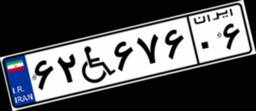
۷۱W۴۳۰۸۴